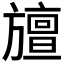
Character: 𭥆